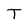
Character: T